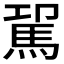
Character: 𩢗